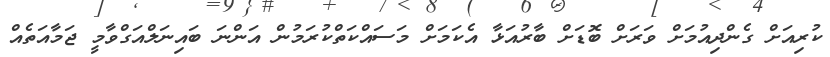
ކުރިއަށް ގެންދިއުމަށް ވަރަށް ބޮޑަށް ބާރުއަޅާ އެކަމަށް މަސައްކަތްކުރަމުން އަންނަ ބައިނަލްއަގްވާމީ ޖަމާއަތެއް